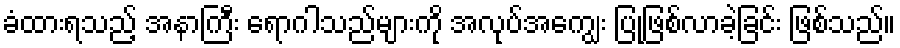
ခံထားရသည့် အနာကြီး ရောဂါသည်များကို အလုပ်အကျွေး ပြုဖြစ်လာခဲ့ခြင်း ဖြစ်သည်။